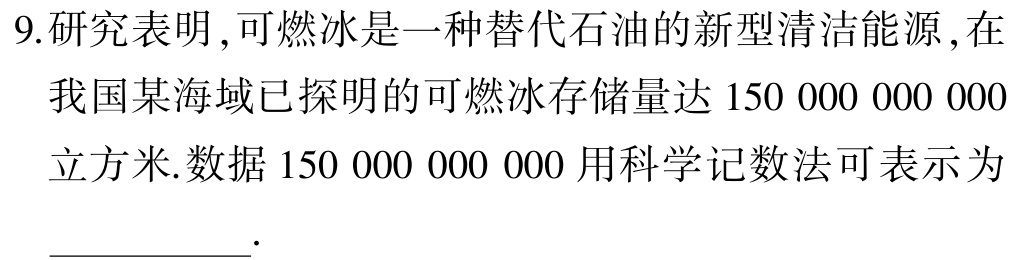
9.研究表明,可燃冰是一种替代石油的新型清洁能源,在我国某海域已探明的可燃冰存储量达$150\ 000\ 000\ 000$立方米.数据$150\ 000\ 000\ 000$用科学记数法可表示为__________.